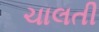
ચાલતી